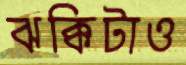
ঝক্কিটাও